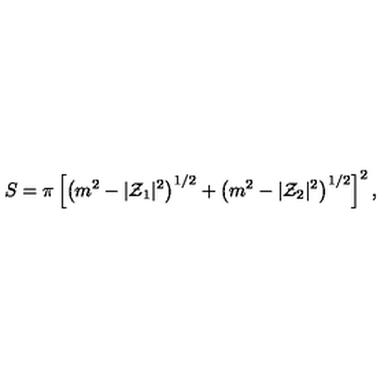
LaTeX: S = \pi \left[ \left( m ^ { 2 } - | { \cal Z } _ { 1 } | ^ { 2 } \right) ^ { 1 / 2 } + \left( m ^ { 2 } - | { \cal Z } _ { 2 } | ^ { 2 } \right) ^ { 1 / 2 } \right] ^ { 2 } ,